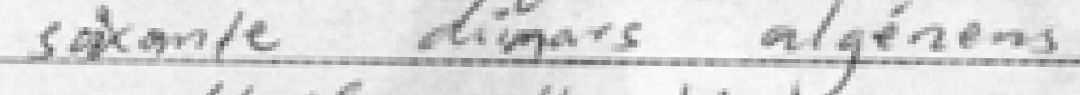
soixante dinars algériens